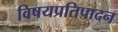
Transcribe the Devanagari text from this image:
विषयप्रतिपादन